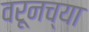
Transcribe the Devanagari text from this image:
वरूनच्या